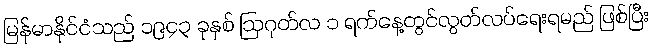
မြန်မာနိုင်ငံသည် ၁၉၄၃ ခုနှစ် ဩဂုတ်လ ၁ ရက်နေ့တွင်လွတ်လပ်ရေးရမည် ဖြစ်ပြီး